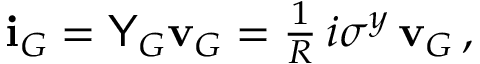
\begin{array} { r } { \mathbf { i } _ { G } = \mathsf { Y } _ { G } \mathbf { v } _ { G } = \frac { 1 } { R } \, i \sigma ^ { y } \, \mathbf { v } _ { G } \, , } \end{array}